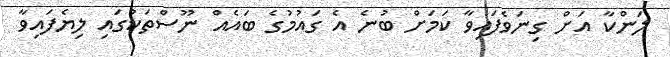
ލަންކާ އަށް ގިނަވެފައިވާ ކަމަށް ބުނެ އެ ގައުމުގެ ބައެއް ނޫސްތަކުގައި ލިޔެފައިވާ